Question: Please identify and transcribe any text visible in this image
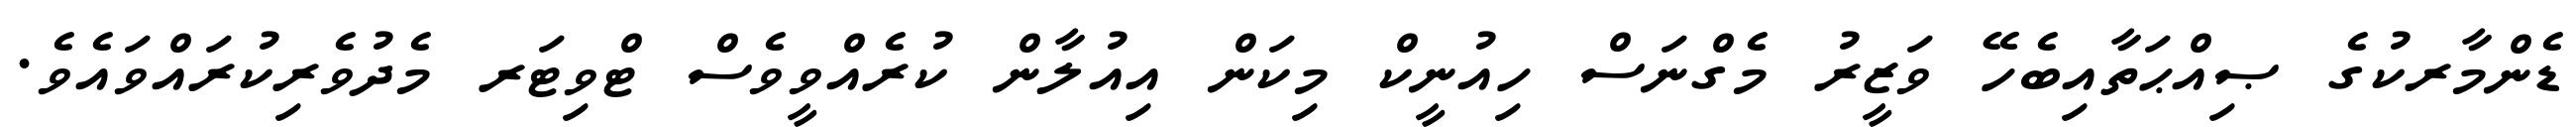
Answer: ޑެންމާރކުގެ ޞިއްޙަތާއިބެހޭ ވަޒީރު މެގްނަސް ހިއުނީކް މިކަން އިއުލާން ކުރެއްވީވެސް ޓްވިޓަރ މެދުވެރިކުރައްވައެވެ.